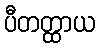
ပီတတ္ထာယ